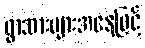
ရွာသားများအနေဖြင့်